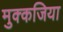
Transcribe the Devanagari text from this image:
मुक्कजिया